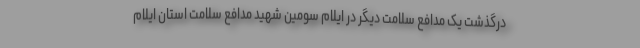
درگذشت یک مدافع سلامت دیگر در ایلام سومین شهید مدافع سلامت استان ایلام